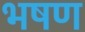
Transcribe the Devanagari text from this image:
भषण